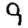
Digit: 9